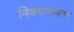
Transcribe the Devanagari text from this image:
निबंधनामक